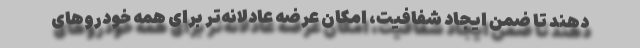
دهند تا ضمن ایجاد شفافیت، امکان عرضه عادلانه‌تر برای همه خودروهای